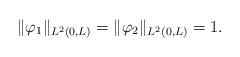
LaTeX: \begin{align*}\Vert \varphi_1\Vert _{L^2(0,L)}=\Vert \varphi_2\Vert _{L^2(0,L)}=1.\end{align*}